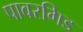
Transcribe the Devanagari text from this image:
पावरगिड